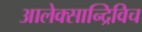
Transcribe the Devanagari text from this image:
आलेक्सान्द्रिविच